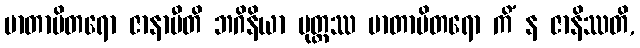
မာတာပိတရော ဇာနာမီတိ ဘဂိနိယာ ပုတ္တဿ မာတာပိတရော ကိံ န ဇာနိဿတိ,